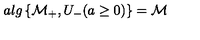
a l g \left\{ \mathcal { M } _ { + } , U _ { - } ( a \geq 0 ) \right\} = \mathcal { M }